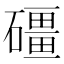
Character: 礓